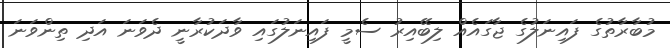
މުބާރާތުގެ ފައިނަލުގެ ޖާގައެއް ލިބޭއިރު ސެމީ ފައިނަލުގައި ވާދަކުރާނީ ދެވަނަ އަދި ތިންވަނަ